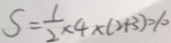
S = \frac { 1 } { 2 } \times 4 \times ( 2 + 3 ) = 1 0